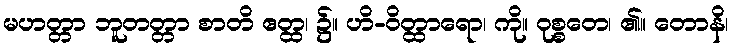
မဟတ္တာ ဘူတတ္တာ စာတိ ဧတ္ထ၊ ၌။ ဟိ-ဝိတ္ထာရော၊ ကို။ ဝုစ္စတေ၊ ၏။ တောနိ၊